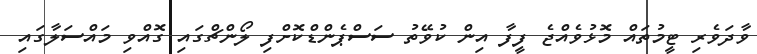
ވާދަވެރި ޓީމުތައް މޮޅުވެއްޖެ ފީފާ އިން ކުވޭތު ސަސްޕެންޑްކޮށްފި ލޯންޗްގައި ގޮއްވި މައްސަލާގައި